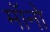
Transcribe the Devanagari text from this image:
मॉनो